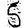
Digit: 5